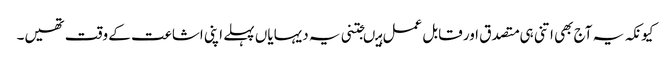
کیونکہ یہ آج بھی اتنی ہی متصدق اور قابل عمل ہیںجتنی یہ دیہایاں پہلے اپنی اشاعت کے وقت تھیں۔